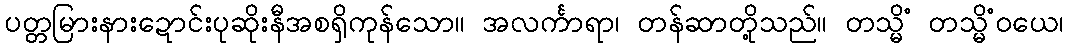
ပတ္တမြားနားဍောင်းပုဆိုးနီအစရှိကုန်သော။ အလင်္ကာရာ၊ တန်ဆာတို့သည်။ တသ္မိံ တသ္မိံဝယေ၊